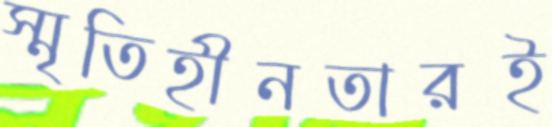
স্মৃতিহীনতারই